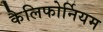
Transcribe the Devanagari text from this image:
कैलिफोर्नियम